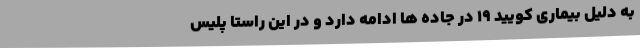
به دلیل بیماری کویید ۱۹ در جاده ها ادامه دارد و در این راستا پلیس